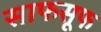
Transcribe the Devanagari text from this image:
साफसूफ